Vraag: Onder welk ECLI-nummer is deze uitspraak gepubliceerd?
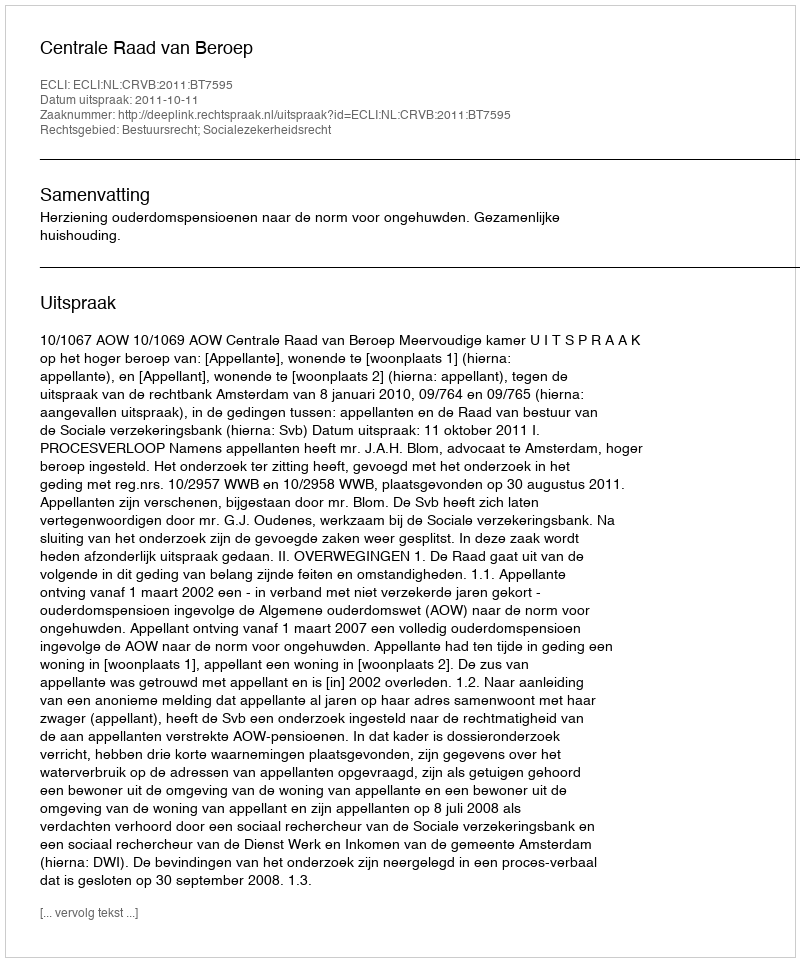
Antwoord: ECLI:NL:CRVB:2011:BT7595